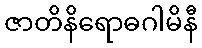
ဇာတိနိရောဓဂါမိနီ